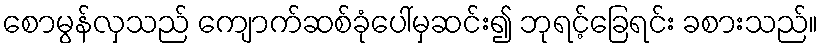
စောမွန်လှသည် ကျောက်ဆစ်ခုံပေါ်မှဆင်း၍ ဘုရင့်ခြေရင်း ခစားသည်။